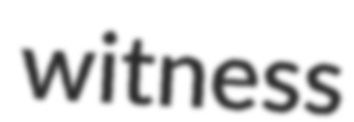
witness